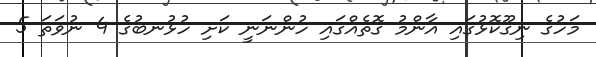
މަހުގެ ނިގޫކޮޅުގައި އާންމު ގޮތެއްގައި ހުންނަނީ ކަށި ހުޅުނބުގެ 4 ނުވަތަ 5